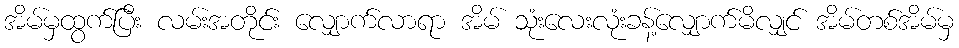
အိမ်မှထွက်ပြီး လမ်းအတိုင်း လျှောက်လာရာ အိမ် သုံးလေးလုံးခန့်လျှောက်မိလျှင် အိမ်တစ်အိမ်မှ